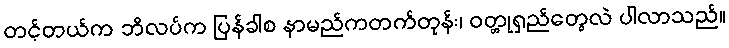
တင့်တယ်က ဘိလပ်က ပြန်ခါစ နာမည်ကတက်တုန်း၊ ဝတ္တုရှည်တွေလဲ ပါလာသည်။